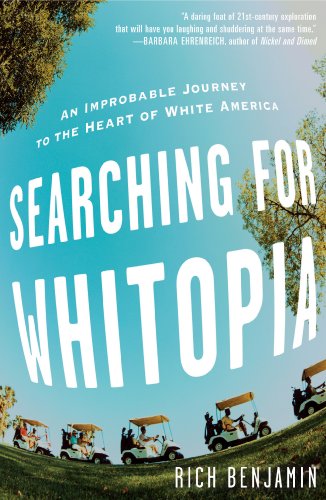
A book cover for Searching for Whitopia: An Improbable Journey to the Heart of White America; Rich Benjamin; Politics & Social Sciences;